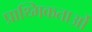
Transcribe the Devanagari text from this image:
प्राथ्मिकताओं